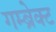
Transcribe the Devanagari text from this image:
गम्ब्रेक्ट